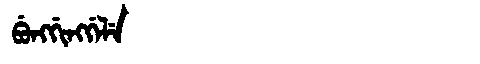
Manchu: ᠪᡠᠩᡤᡳᠩᡤᡝᠯᡝ
Romanization: BUNGGINGGELE